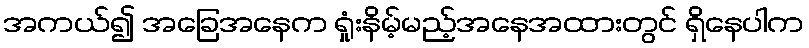
အကယ်၍ အခြေအနေက ရှုံးနိမ့်မည့်အနေအထားတွင် ရှိနေပါက